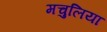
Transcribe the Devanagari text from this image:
मचुलिया